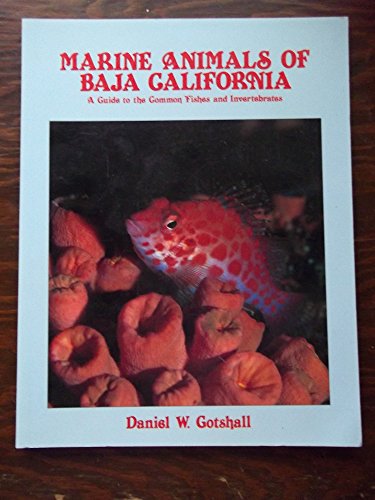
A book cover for Marine Animals of Baja California: A Guide to the Common Fishes and Invertebrates; Daniel W. Gotshall; Sports & Outdoors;